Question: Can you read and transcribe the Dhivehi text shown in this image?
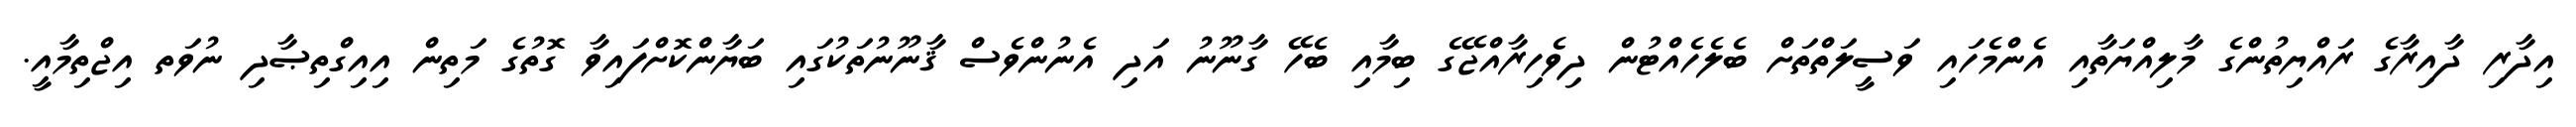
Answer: އިދާރި ދާއިރާގެ ރައްޔިތުންގެ މާލިއްޔަތާއި އެންމެހައި ވަސީލަތްތަށް ބެލެހެއްޓުން ދިވެހިރާއްޖޭގެ ބިމާއި ބެހޭ ގާނޫނު އަދި އެނުންވެސް ޤާނޫނުތަކުގައި ބަޔާންކޮށްފައިވާ ގޮތުގެ މަތިން އިއިގްތިޞާދި ނުވަތ އިޖްތިމާއީ.